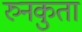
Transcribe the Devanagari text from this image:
रुनकुता